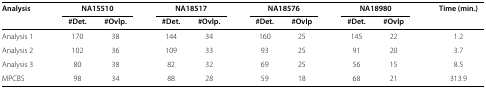
<table><thead><tr><td><b>Analysis</b></td><td><b> </b></td><td colspan="2"><b>NA15510</b></td><td><b> </b></td><td colspan="2"><b>NA18517</b></td><td><b> </b></td><td colspan="2"><b>NA18576</b></td><td><b> </b></td><td colspan="2"><b>NA18980</b></td><td><b> </b></td><td><b>Time (min.)</b></td></tr></thead><tbody><tr><td> </td><td> </td><td><b>#Det.</b></td><td><b>#Ovlp.</b></td><td> </td><td><b>#Det.</b></td><td><b>#Ovlp.</b></td><td> </td><td><b>#Det.</b></td><td><b>#Ovlp</b></td><td> </td><td><b>#Det.</b></td><td><b>#Ovlp</b></td><td> </td><td> </td></tr><tr><td>Analysis 1</td><td> </td><td>170</td><td>38</td><td> </td><td>144</td><td>34</td><td> </td><td>160</td><td>25</td><td> </td><td>145</td><td>22</td><td> </td><td>1.2</td></tr><tr><td>Analysis 2</td><td> </td><td>102</td><td>36</td><td> </td><td>109</td><td>33</td><td> </td><td>93</td><td>25</td><td> </td><td>91</td><td>20</td><td> </td><td>3.7</td></tr><tr><td>Analysis 3</td><td> </td><td>80</td><td>38</td><td> </td><td>82</td><td>32</td><td> </td><td>69</td><td>25</td><td> </td><td>56</td><td>15</td><td> </td><td>8.5</td></tr><tr><td>MPCBS</td><td> </td><td>98</td><td>34</td><td> </td><td>88</td><td>28</td><td> </td><td>59</td><td>18</td><td> </td><td>68</td><td>21</td><td> </td><td>313.9</td></tr></tbody></table>